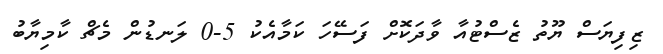
ޒިފިޔަސް ޔޫތު ޒެސްޓުއާ ވާދަކޮށް ފަސޭހަ ކަމާއެކު 5-0 ލަނޑުން މެޗް ކާމިޔާބު